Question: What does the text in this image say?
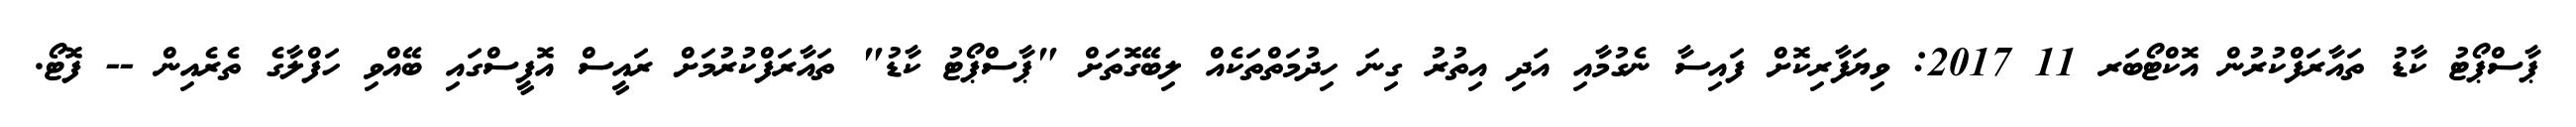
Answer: ޕާސްޕޯޓު ކާޑު ތައާރަފްކުރުން އޮކްޓޯބަރ 11 2017: ވިޔަފާރިކޮށް ފައިސާ ނެގުމާއި އަދި އިތުރު ގިނަ ހިދުމަތްތަކެއް ލިބޭގޮތަށް "ޕާސްޕޯޓު ކާޑު" ތައާރަފްކުރުމަށް ރައީސް އޮފީސްގައި ބޭއްވި ހަފްލާގެ ތެރެއިން -- ފޮޓޯ.